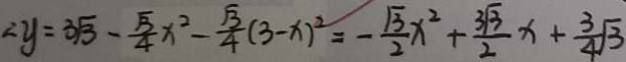
\therefore y = 3 \sqrt { 3 } - \frac { \sqrt { 3 } } { 4 } x ^ { 2 } - \frac { \sqrt { 3 } } { 4 } ( 3 - x ) ^ { 2 } = - \frac { \sqrt { 3 } } { 2 } x ^ { 2 } + \frac { 3 \sqrt { 3 } } { 2 } x + \frac { 3 } { 4 } \sqrt { 3 }